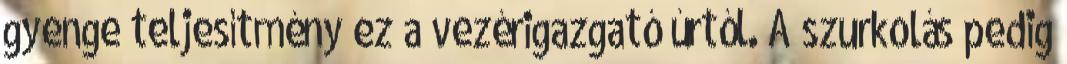
gyenge teljesítmény ez a vezérigazgató úrtól. A szurkolás pedig